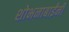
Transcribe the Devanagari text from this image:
शोभनाबाईंनी